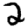
Digit: 2